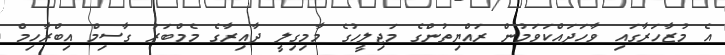
އެ މުޒާހަރާގައި ވާހަދައްކަވަމުން ރައްޔިތުންގެ މަޖިލީހުގެ މާމިގިލީ ދާއިރާގެ މެމްބަރު ގާސިމް އިބްރާހިމް